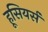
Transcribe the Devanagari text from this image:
हूसियर्स